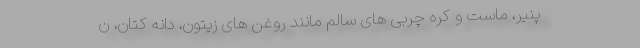
پنیر، ماست و کره چربی های سالم مانند روغن های زیتون، دانه کتان، ن